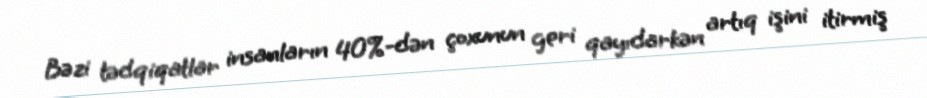
Bəzi tədqiqatlar insanların 40%-dən çoxunun geri qayıdarkən artıq işini itirmiş